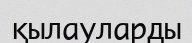
қылауларды